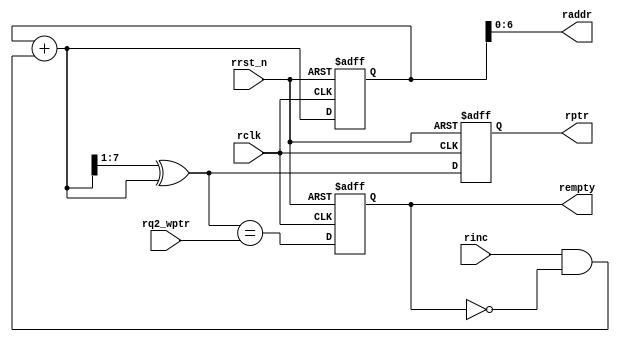
`timescale 1ns / 1ps
//////////////////////////////////////////////////////////////////////////////////
// Company: 
// Engineer: 
// 
// Design Name: 
// Module Name:    rptr_empty 
// Project Name: 
// Target Devices: 
// Tool versions: 
// Description: 
//
// Dependencies: 
//
// Revision: 
// Revision 0.01 - File Created
// Additional Comments: 
//
//////////////////////////////////////////////////////////////////////////////////
module rptr_empty_2 #(parameter ADDRSIZE = 7)
(output reg rempty,
output [ADDRSIZE-1:0] raddr,
output reg [ADDRSIZE :0] rptr,
input [ADDRSIZE :0] rq2_wptr,
input rinc, rclk, rrst_n);
reg [ADDRSIZE:0] rbin;
wire [ADDRSIZE:0] rgraynext, rbinnext;
//-------------------
// GRAYSTYLE2 pointer
//-------------------
always @(posedge rclk or negedge rrst_n)
if (!rrst_n) {rbin, rptr} <= 0;
else {rbin, rptr} <= {rbinnext, rgraynext};
// Memory read-address pointer (okay to use binary to address memory)
assign raddr = rbin[ADDRSIZE-1:0];
assign rbinnext = rbin + (rinc & ~rempty);
assign rgraynext = (rbinnext>>1) ^ rbinnext;
//---------------------------------------------------------------
// FIFO empty when the next rptr == synchronized wptr or on reset
//---------------------------------------------------------------
assign rempty_val = (rgraynext == rq2_wptr);
always @(posedge rclk or negedge rrst_n)
if (!rrst_n) rempty <= 1'b1;
else rempty <= rempty_val;
endmodule